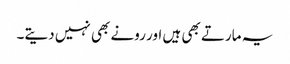
یہ مارتے بھی ہیں اور رونے بھی نہیں دیتے۔